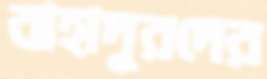
বাহাদুরদের